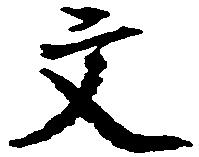
文